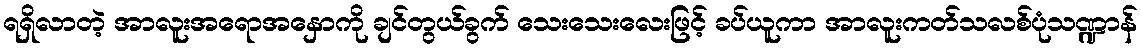
ရရှိလာတဲ့ အာလူးအရောအနှောကို ချင်တွယ်ခွက် သေးသေးလေးဖြင့် ခပ်ယူကာ အာလူးကတ်သလစ်ပုံသဏ္ဍာန်